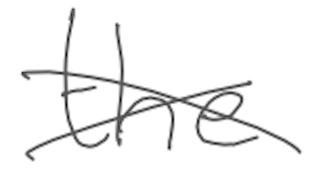
Text: the
Cross-out: cross
Writing tool: digital_gray